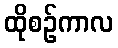
ထိုစဉ်ကာလ